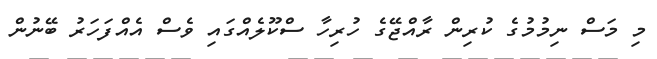
މި މަސް ނިމުމުގެ ކުރިން ރާއްޖޭގެ ހުރިހާ ސްކޫލެއްގައި ވެސް އެއްފަހަރު ބޭނުން